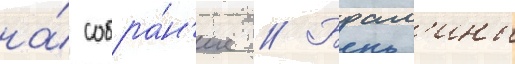
на́ собра́н'ие // Брам'ины